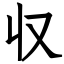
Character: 収